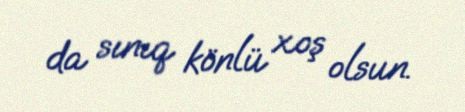
da sınıq könlü xoş olsun.